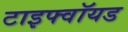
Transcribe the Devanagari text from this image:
टाइफ्वॉयड